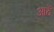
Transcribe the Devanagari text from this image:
आठें